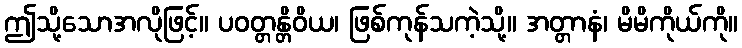
ဤသို့သောအလိုဖြင့်။ ပဝတ္တန္တိဝိယ၊ ဖြစ်ကုန်သကဲ့သို့။ အတ္တာနံ၊ မိမိကိုယ်ကို။